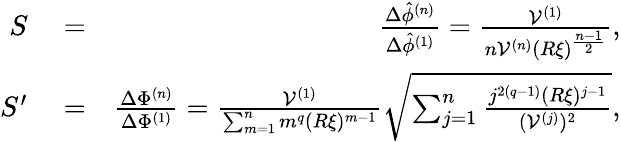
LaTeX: \begin{array}{rlr}{S}&{{}=}&{\frac{\Delta\hat{\phi}^{(n)}}{\Delta\hat{\phi}^{(1)}}=\frac{\mathcal{V}^{(1)}}{n\mathcal{V}^{(n)}(R\xi)^{\frac{n-1}{2}}},}\\ {S^{\prime}}&{{}=}&{\frac{\Delta\Phi^{(n)}}{\Delta\Phi^{(1)}}=\frac{\mathcal{V}^{(1)}}{\sum_{m=1}^{n}m^{q}(R\xi)^{m-1}}\sqrt{\sum_{j=1}^{n}\frac{j^{2(q-1)}(R\xi)^{j-1}}{(\mathcal{V}^{(j)})^{2}}},}\end{array}